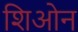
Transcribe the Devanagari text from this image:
शिओन